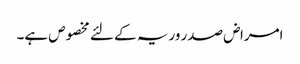
امراض صدر وریہ کے لئے مخصوص ہے۔